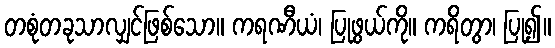
တစုံတခုသာလျှင်ဖြစ်သော။ ကရဏီယံ၊ ပြုဖွယ်ကို။ ကရိတွာ၊ ပြု၍။